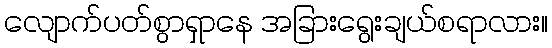
လျောက်ပတ်စွာရှာနေ အခြားရွေးချယ်စရာလား။